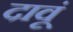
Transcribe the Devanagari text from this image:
दावूं